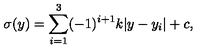
\sigma ( y ) = \sum _ { i = 1 } ^ { 3 } ( - 1 ) ^ { i + 1 } k | y - y _ { i } | + c , \,